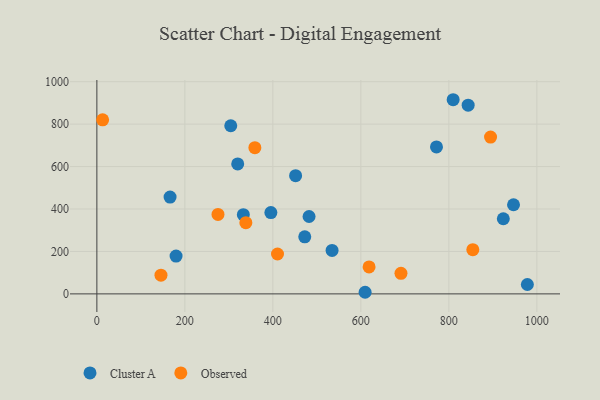
{"axis": {"x": "Experience", "y": "Sales"}, "legend": ["Cluster A", "Observed"], "data": [{"x": "809.8", "y": 915.0, "type": "Cluster A"}, {"x": "771.9", "y": 692.6, "type": "Cluster A"}, {"x": "395.5", "y": 383.0, "type": "Cluster A"}, {"x": "978.5", "y": 44.3, "type": "Cluster A"}, {"x": "166.4", "y": 456.4, "type": "Cluster A"}, {"x": "534.6", "y": 204.9, "type": "Cluster A"}, {"x": "947.0", "y": 420.1, "type": "Cluster A"}, {"x": "472.5", "y": 268.9, "type": "Cluster A"}, {"x": "320.1", "y": 612.3, "type": "Cluster A"}, {"x": "923.8", "y": 354.2, "type": "Cluster A"}, {"x": "180.0", "y": 178.1, "type": "Cluster A"}, {"x": "609.7", "y": 7.6, "type": "Cluster A"}, {"x": "332.9", "y": 373.2, "type": "Cluster A"}, {"x": "482.3", "y": 364.8, "type": "Cluster A"}, {"x": "843.9", "y": 889.2, "type": "Cluster A"}, {"x": "304.3", "y": 792.4, "type": "Cluster A"}, {"x": "451.7", "y": 557.2, "type": "Cluster A"}, {"x": "691.2", "y": 97.0, "type": "Observed"}, {"x": "894.8", "y": 739.0, "type": "Observed"}, {"x": "359.1", "y": 689.2, "type": "Observed"}, {"x": "13.1", "y": 820.5, "type": "Observed"}, {"x": "854.5", "y": 208.5, "type": "Observed"}, {"x": "338.6", "y": 335.4, "type": "Observed"}, {"x": "145.7", "y": 88.0, "type": "Observed"}, {"x": "275.3", "y": 374.4, "type": "Observed"}, {"x": "410.6", "y": 187.9, "type": "Observed"}, {"x": "618.7", "y": 127.1, "type": "Observed"}]}